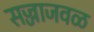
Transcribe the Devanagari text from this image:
सज्जाजवळ